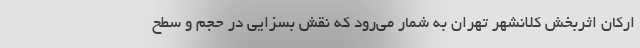
ارکان اثربخش کلانشهر تهران به شمار می‌رود که نقش بسزایی در حجم و سطح